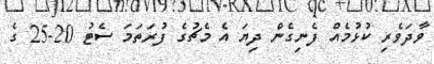
ވާދަވެރި ކުޅުމެއް ފެނިގެން ދިޔަ އެ މެޗުގެ ފުރަތަމަ ސެޓު 20-25 ގެ